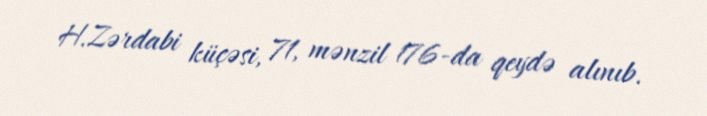
H.Zərdabi küçəsi, 71, mənzil 176-da qeydə alınıb.